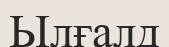
Ылғалд